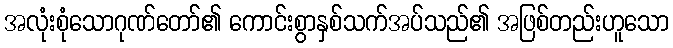
အလုံးစုံသောဂုဏ်တော်၏ ကောင်းစွာနှစ်သက်အပ်သည်၏ အဖြစ်တည်းဟူသော